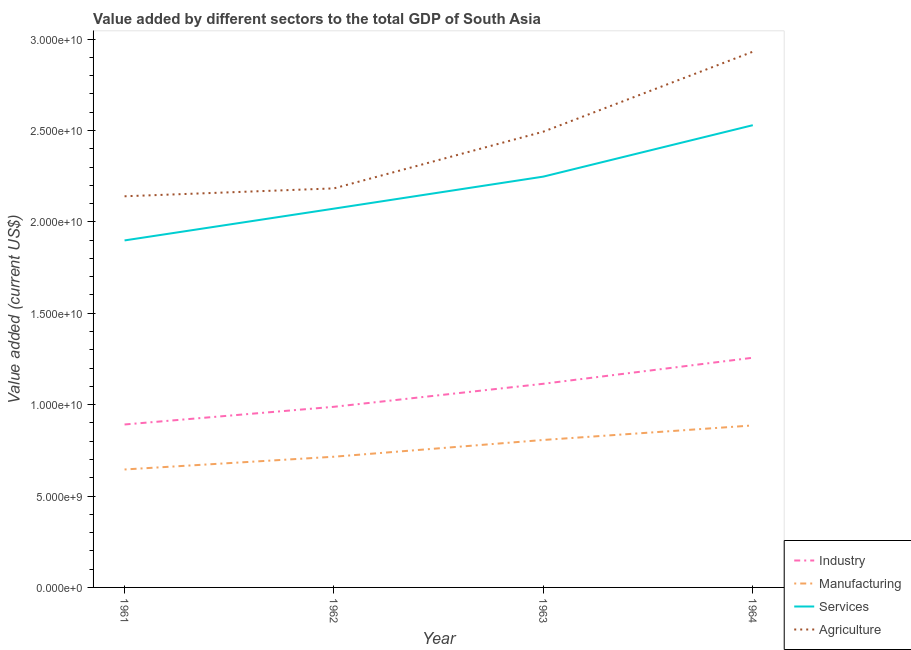
| Year | Industry | Manufacturing | Services | Agriculture |
 | --- | --- | --- | --- | --- |
 | 1961 | 8.91e+09 | 6.45e+09 | 1.9e+10 | 2.14e+10 |
 | 1962 | 9.88e+09 | 7.15e+09 | 2.07e+10 | 2.18e+10 |
 | 1963 | 1.11e+10 | 8.07e+09 | 2.25e+10 | 2.49e+10 |
 | 1964 | 1.26e+10 | 8.86e+09 | 2.53e+10 | 2.93e+10 |